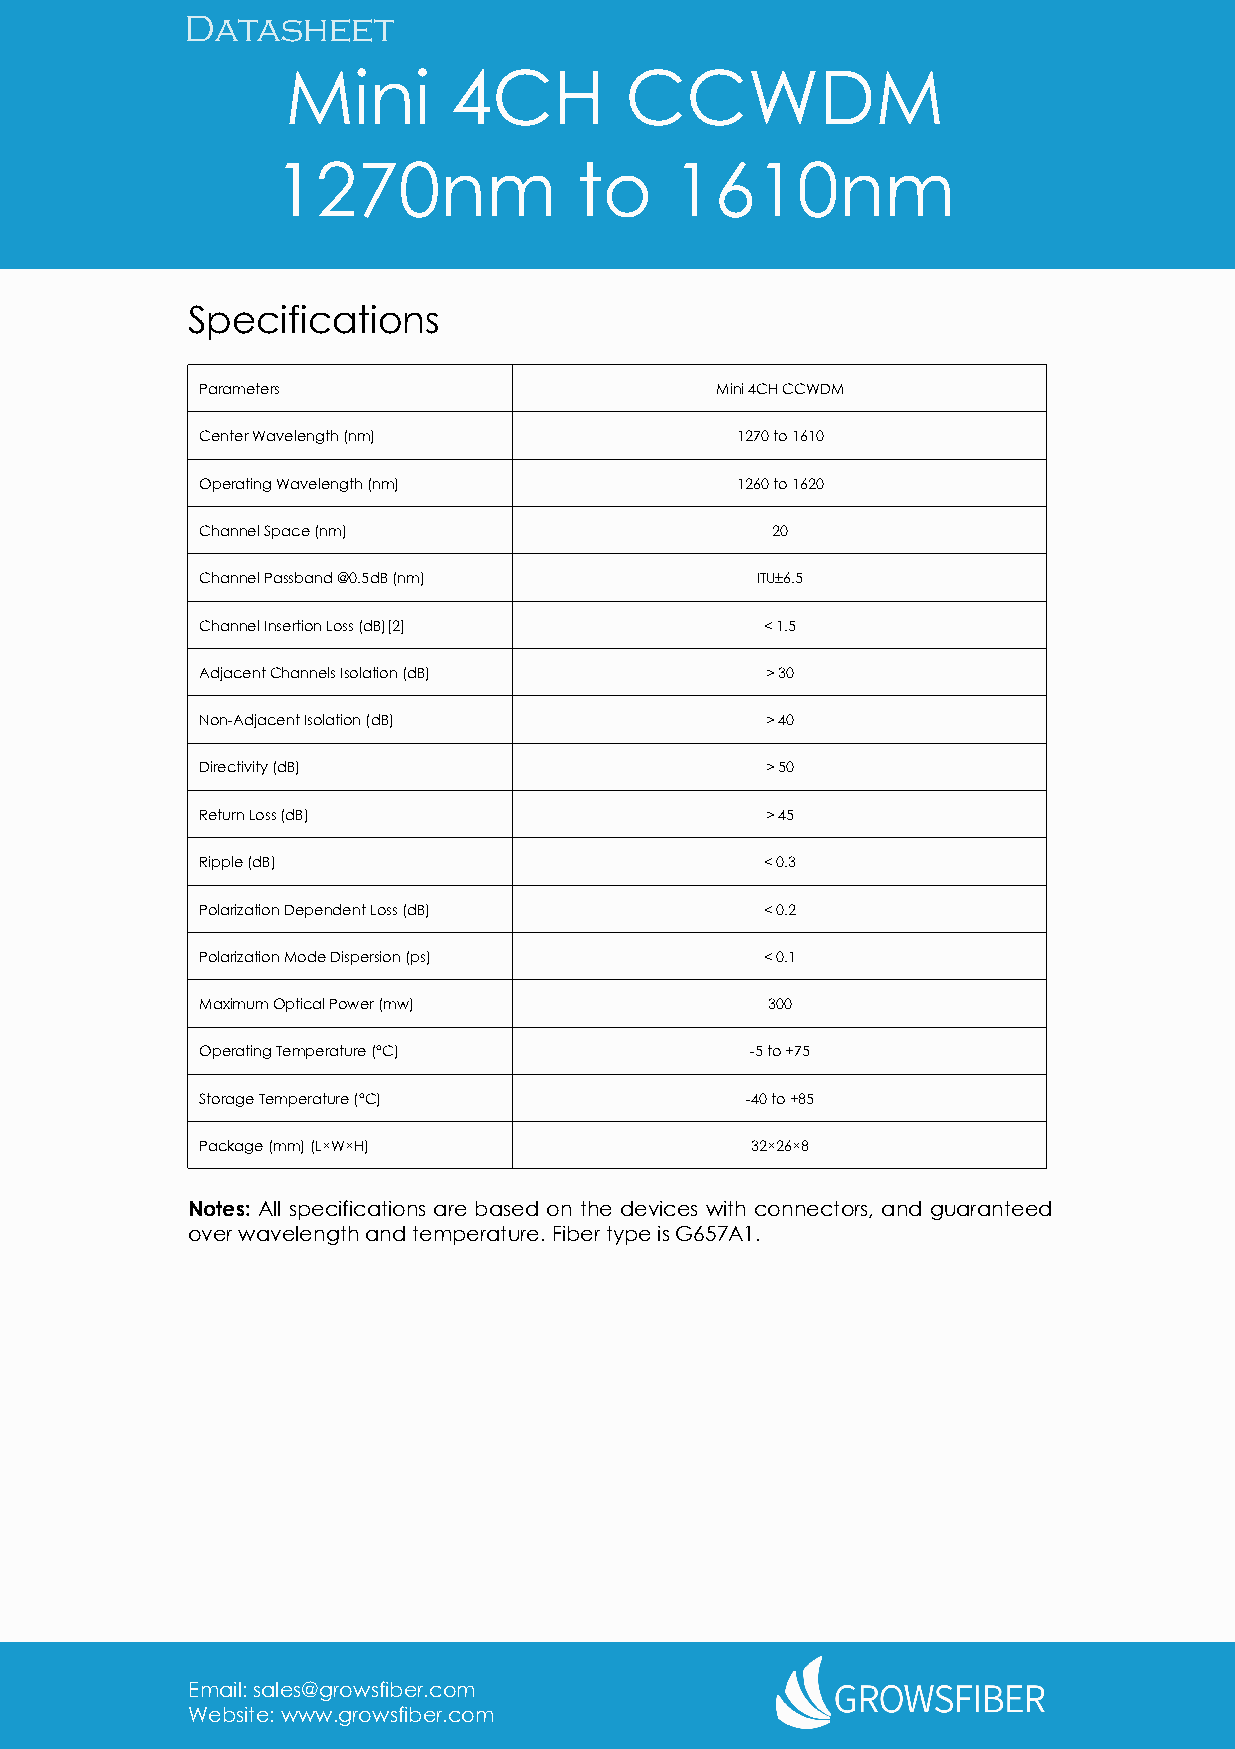
Datasheet
 Mini       4CH        CCWDM
 1270nm              to     1610nm
 Specifications
 Parameters                        Mini4CHCCWDM
 CenterWavelength(nm)                1270to1610
 OperatingWavelength(nm)             1260to1620
 ChannelSpace(nm)                      20
 ChannelPassband@0.5dB(nm)            ITU±6.5
 ChannelInsertionLoss(dB)[2]           <1.5
 AdjacentChannelsIsolation(dB)         >30
 Non-AdjacentIsolation(dB)             >40
 Directivity(dB)                       >50
 ReturnLoss(dB)                        >45
 Ripple(dB)                            <0.3
 PolarizationDependentLoss(dB)         <0.2
 PolarizationModeDispersion(ps)        <0.1
 MaximumOpticalPower(mw)               300
 OperatingTemperature(°C)             -5to+75
 StorageTemperature(°C)              -40to+85
 Package(mm)(L×W×H)                   32×26×8
 Notes: All specifications are based on the devices with connectors, and guaranteed
 overwavelengthandtemperature.FibertypeisG657A1.
 Email:sales@growsfiber.com
 Website:www.growsfiber.com